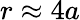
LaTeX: r\approx 4a